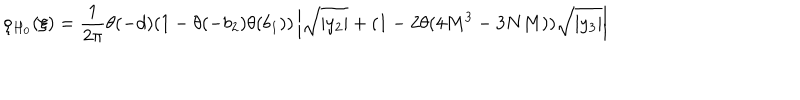
\rho _ { H _ { 0 } } ( \xi ) = \frac { 1 } { 2 \pi } \theta ( - d ) ( 1 - \theta ( - b _ { 2 } ) \theta ( b _ { 1 } ) ) \left| \sqrt { | y _ { 2 } | } + ( 1 - 2 \theta ( 4 M ^ { 3 } - 3 N M ) ) \sqrt { | y _ { 3 } | } \right|